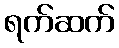
ရက်ဆက်